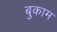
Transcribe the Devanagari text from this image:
बुकाम